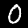
Digit: 0